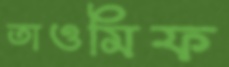
তাওমিফ